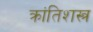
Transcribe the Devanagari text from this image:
क्रांतिशस्त्र